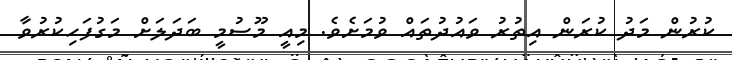
ކުރުން މަދު ކުރަން އިތުރު ވައުދުތައް ވުމަށެވެ. މިއީ މޫސުމީ ބަދަލަށް މަގުފަހިކުރުވާ